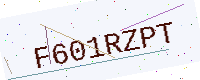
Text: F601RZPT